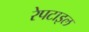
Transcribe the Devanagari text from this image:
रेपटाइल